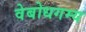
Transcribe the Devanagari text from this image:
वेबोधगम्य